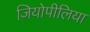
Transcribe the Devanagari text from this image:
जियोपीलिया